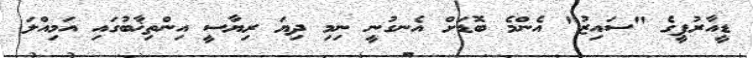
ޑީއާރުޕީގެ "ސައިޒު" އެންމެ ބޮޑަށް އެނގުނީ ނިމި ދިޔަ ރިޔާސީ އިންތިޚާބުގައި އަމިއްލަ